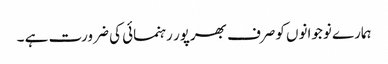
ہمارے نوجوانوں کوصرف بھرپور رہنمائی کی ضرورت ہے ۔